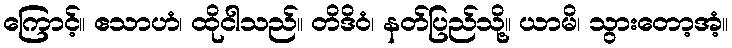
ကြောင့်။ ဧသာဟံ၊ ထိုငါသည်။ တိဒိဝံ၊ နတ်ပြည်သို့။ ယာမိ၊ သွားတော့အံ့။